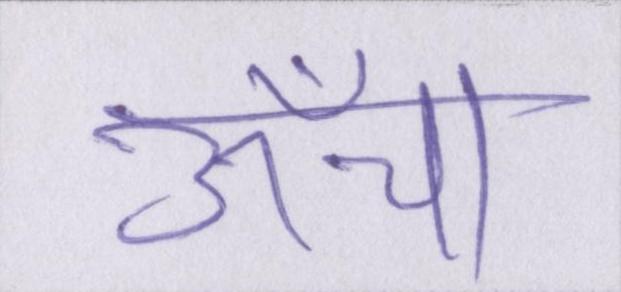
ऊँचा